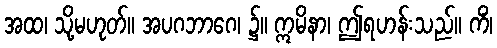
အထ၊ သို့မဟုတ်။ အပဂဘာဂေ၊ ၌။ ဣမိနာ၊ ဤရဟန်းသည်။ ကိံ၊